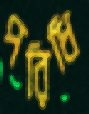
পরিধি